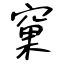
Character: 窠